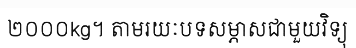
២០០០kg។ តាមរយៈបទសម្ភាសជាមួយវិទ្យុ